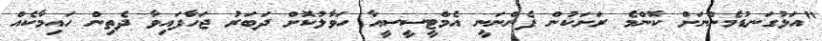
"އަޅުގަނޑުމެންނަށް ކޮންމެ ރަށަކުން ފެންނަނީ އެމްޓީސީސީއާ ހަވާލުކޮށް ދަބަރު ޖަހާފައިވާ ދެތިން ހައިމާކެއް